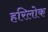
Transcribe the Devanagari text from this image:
हरिलोक